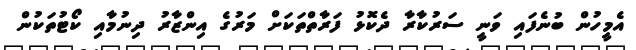
އެމީހުން ބުނެފައި ވަނީ ސަރުކާރާ ދެކޮޅު ފަރާތްތަކަށް މަރުގެ އިންޒާރު ދިނުމާއި ކޯޓުތަކުން